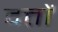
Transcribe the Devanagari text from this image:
दत्तों